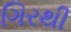
ગિરથી